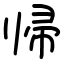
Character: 帰